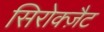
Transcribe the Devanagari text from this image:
सिरोक्ज़ैट